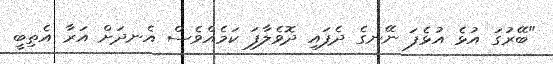
"ބޭރުގަ އުޅެ އުޅެފަ ނޭނގެ ދެފައި ދޮވެލާފަ ކަމެއްވެސް އެނދަށް އަރާ އެތިބީ